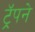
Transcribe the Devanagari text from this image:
ट्रॅपने